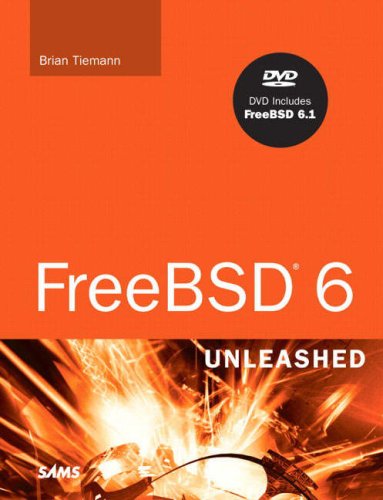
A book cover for FreeBSD 6 Unleashed; Brian Tiemann; Computers & Technology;